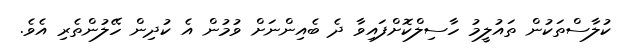
ކުލާސްތަކުން ތައުލީމު ހާސިލްކޮށްފައިވާ ދެ ބެއިންނަށް ވުމުން އެ ކުދިން ހޭލުންތެރި އެވެ.